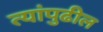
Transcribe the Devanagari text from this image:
त्यांपुढील